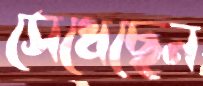
সেধেছেন